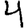
Digit: 4